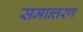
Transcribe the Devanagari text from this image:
समान्तरण